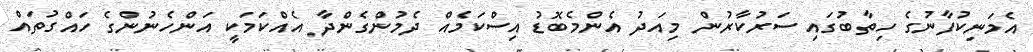
އެމަނިކުފާނުގެ ހިތާބުގައި ސަރުކާރުން މިއަދު އެންމެބޮޑު އިސްކަމެއް ދެމުންގެންދާ އެއްކަމަކީ އަންހެނުންގެ ހައްގުތައް